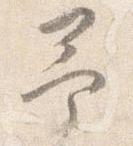
予